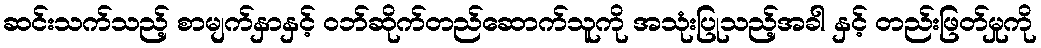
ဆင်းသက်သည့် စာမျက်နှာနှင့် ဝဘ်ဆိုက်တည်ဆောက်သူကို အသုံးပြုသည့်အခါ နှင့် တည်းဖြတ်မှုကို